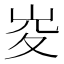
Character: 𡶣